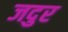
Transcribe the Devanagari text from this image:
जदुर